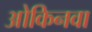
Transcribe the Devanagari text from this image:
ओकिनवा